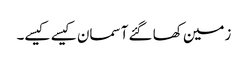
زمین کھا گئے آسمان کیسے کیسے۔